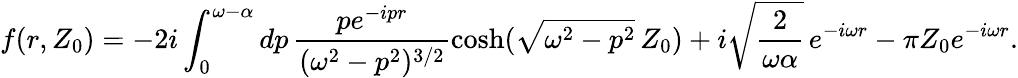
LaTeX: f(r,Z_{0})=-2i\int_{0}^{\omega-\alpha}dp\, \frac{pe^{-ipr}}{(\omega^{2}-p^{2})^{3/2}}\cosh(\sqrt{\omega^{2}-p^{2}}\, Z_{0})+i\sqrt{\frac{2}{\omega\alpha}}\, e^{-i\omega r}-\pi Z_{0}e^{-i\omega r}.